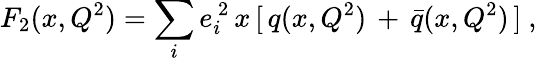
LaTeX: F_{2}(x,Q^{2})=\sum_{i}e_{i}^{\, 2}\, x\, [\, q(x,Q^{2})\, +\, \bar{q}(x,Q^{2})\, ]\ ,